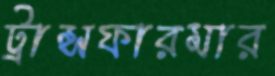
ট্রান্সফারমার